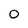
Character: O